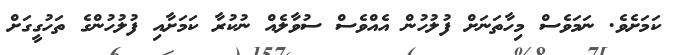
ކަމަށެވެ. ނަމަވެސް މިހާތަނަށް ފުލުހުން އެއްވެސް ސުވާލެއް ނުކުރާ ކަމަށާއި ފުލުހުންގެ ތަހުގީގަށް